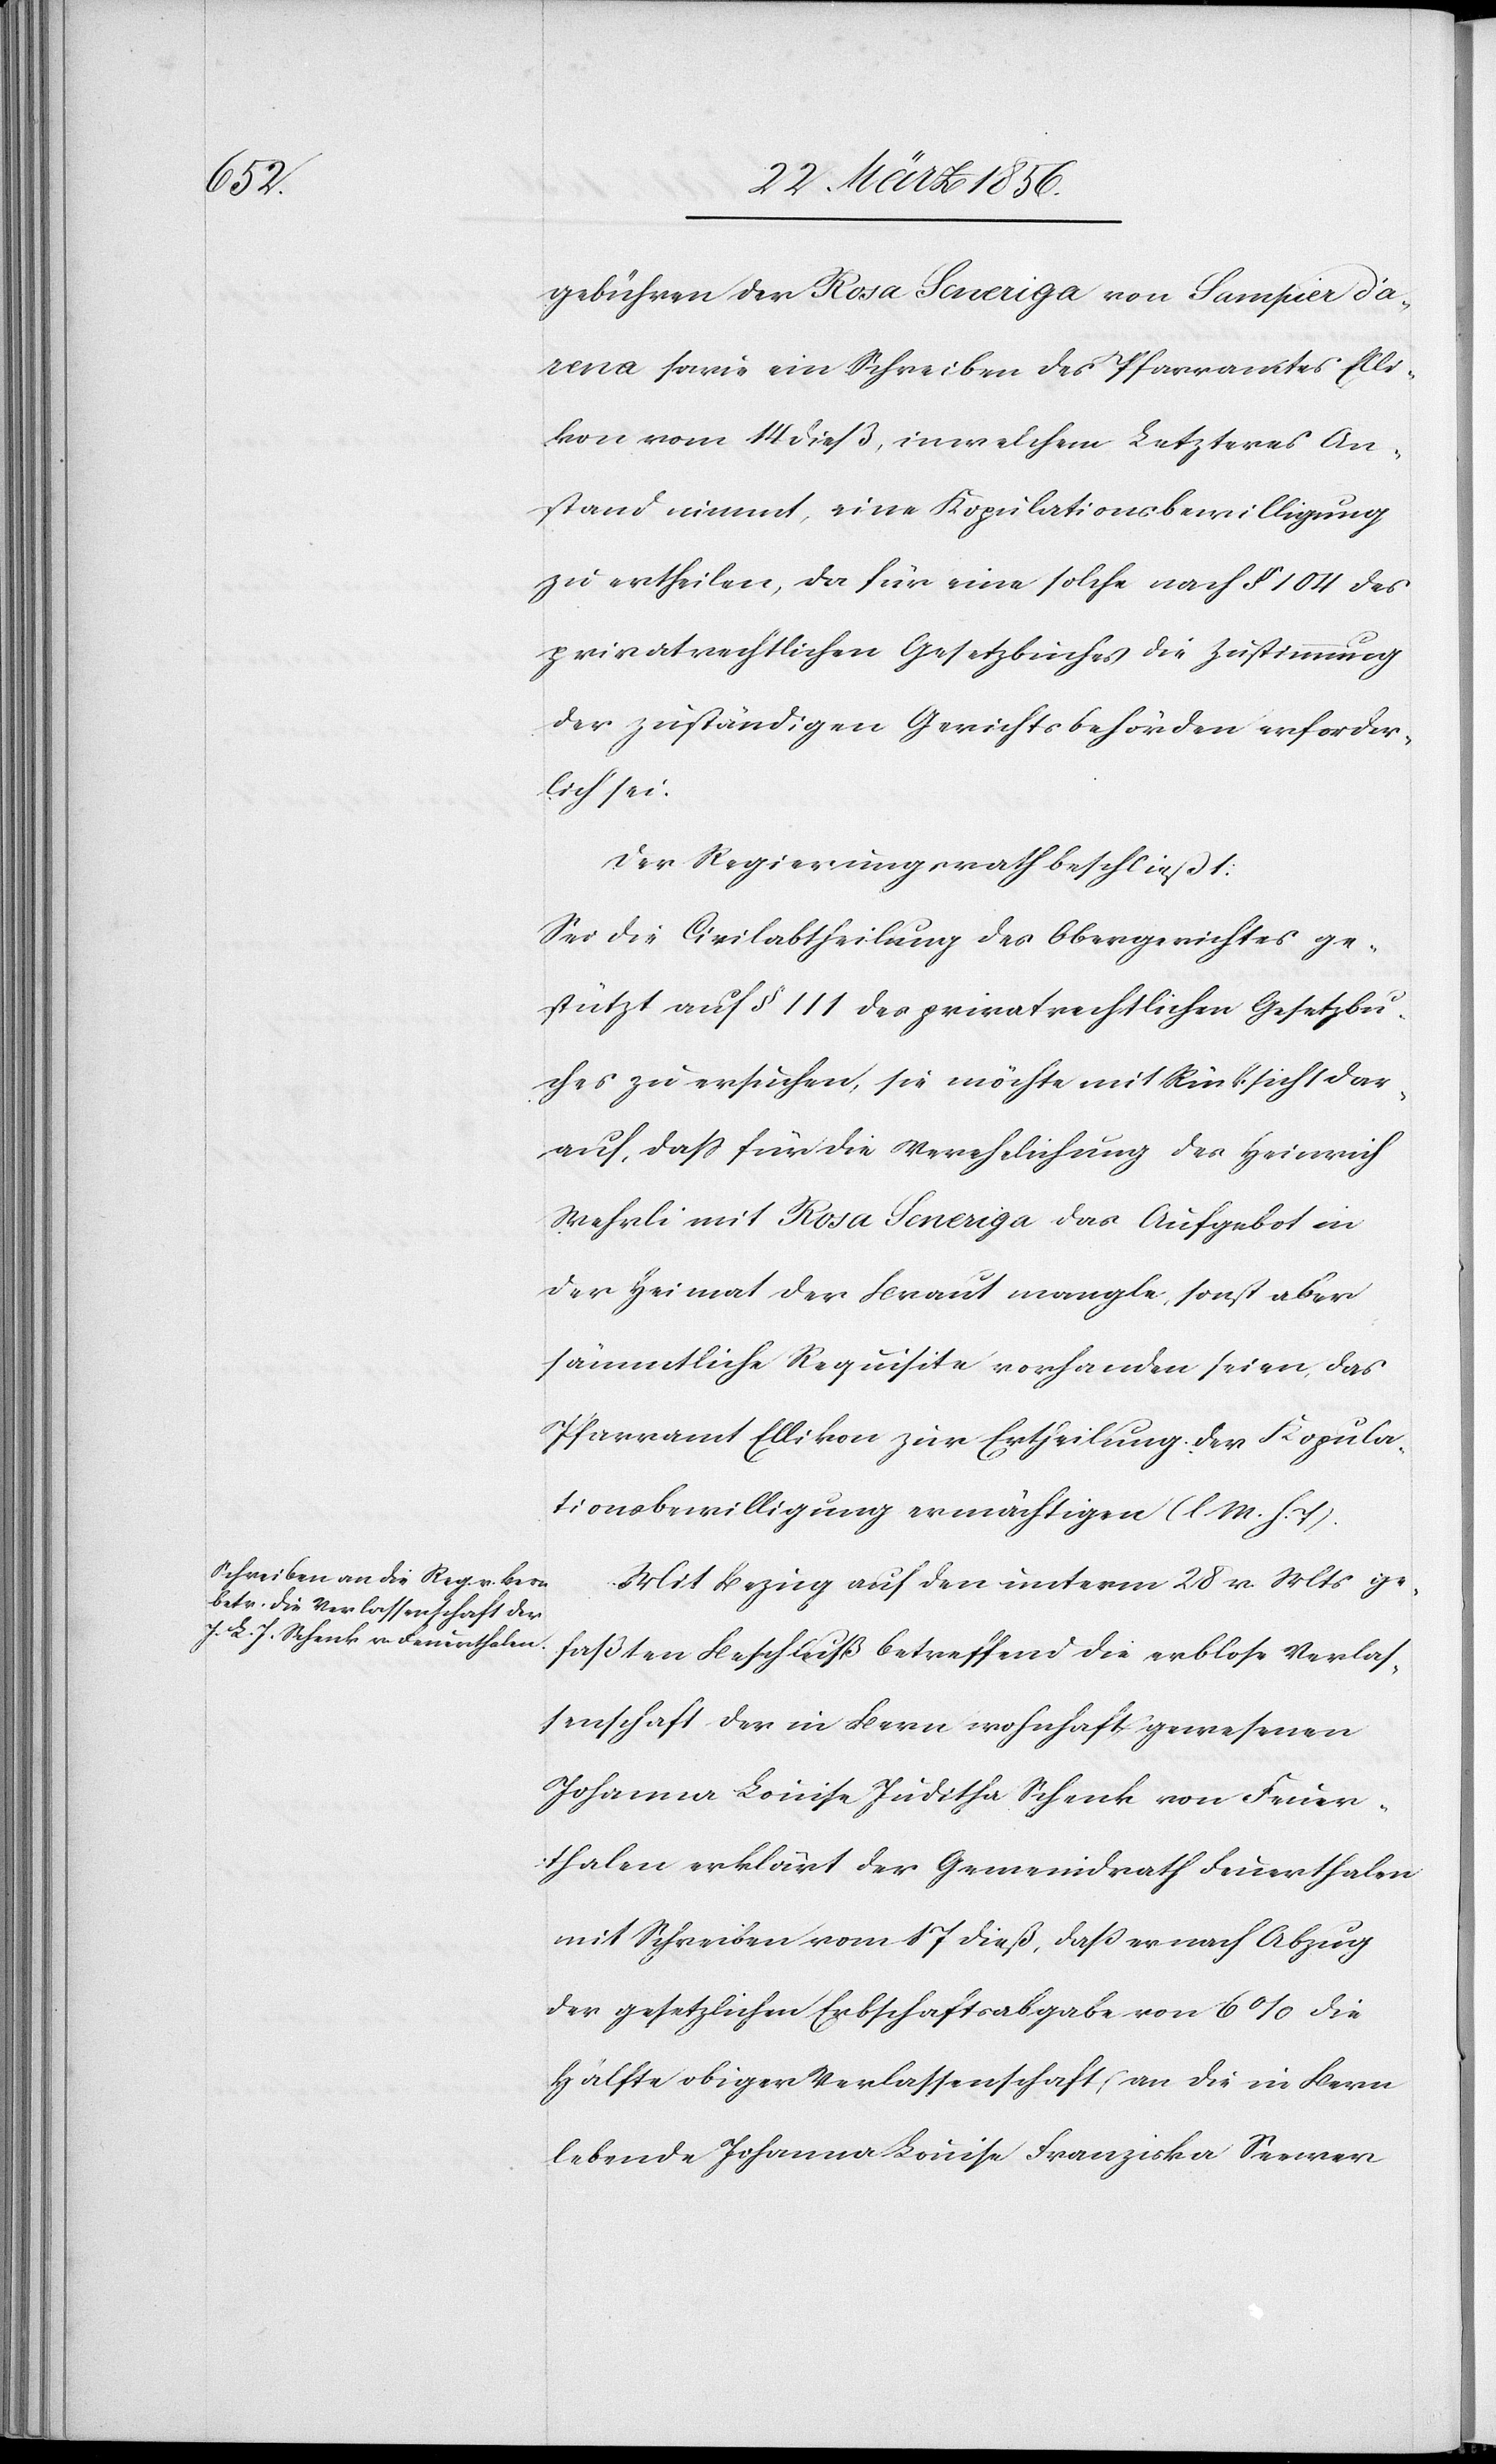
gebühren der Rosa Seneriga von Sampier d’a¬
vena sowie ein Schreiben des Pfarramtes Elli¬
kon vom 14 dieß, in welchem Letzteres An¬
stand nimmt, eine Kopulationsbewilligung
zu ertheilen, da für eine solche nach § 104 des
privatrechtlichen Gesetzbuches die Zustimmung
der zuständigen Gerichtsbehörden erforder¬
lich sei.
Der Regierungsrath beschließt:
Sei die Civilabtheilung des Obergerichtes ge¬
stützt auf § 111 des privatrechtlichen Gesetzbu¬
ches zu ersuchen, sie möchte mit Rücksicht dar¬
auf, daß für die Verehelichung des Heinrich
Wehrli mit Rosa Seneriga das Aufgebot in
der Heimat der Braut mangle, sonst aber
sämmtliche Requisite vorhanden seien, das
Pfarramt Ellikon zur Ertheilung der Kopula¬
tionsbewilligung ermächtigen (l M. h. T).
Mit Bezug auf den unterm 28 v. Mts ge¬
faßten Beschluß betreffend die erblose Verlas¬
senschaft der in Bern wohnhaft gewesenen
Johanna Louise Juditha Schenk von Feuer¬
thalen erklärt der Gemeindrath Feuerthalen
mit Schreiben vom 17 dieß, daß er nach Abzug
der gesetzlichen Erbschaftsabgabe von 6% die
Hälfte obiger Verlassenschaft an die in Bern
lebende Johanna Louise Franziska Seewer